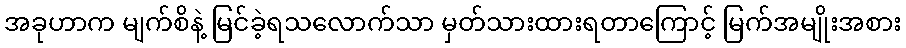
အခုဟာက မျက်စိနဲ့ မြင်ခဲ့ရသလောက်သာ မှတ်သားထားရတာကြောင့် မြက်အမျိုးအစား